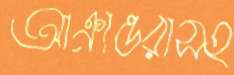
আক্রান্তরাসহ